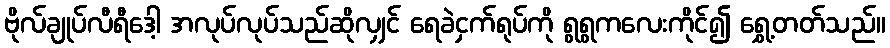
ဗိုလ်ချုပ်လီရီဒေါ့ အလုပ်လုပ်သည်ဆိုလျှင် ရေခဲငှက်ရုပ်ကို ရွရွကလေးကိုင်၍ ရွှေ့တတ်သည်။